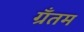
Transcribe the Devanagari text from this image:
ग्रँतम